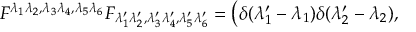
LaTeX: F ^ { \lambda _ { 1 } \lambda _ { 2 } , \lambda _ { 3 } \lambda _ { 4 } , \lambda _ { 5 } \lambda _ { 6 } } F _ { \lambda _ { 1 } ^ { \prime } \lambda _ { 2 } ^ { \prime } , \lambda _ { 3 } ^ { \prime } \lambda _ { 4 } ^ { \prime } , \lambda _ { 5 } ^ { \prime } \lambda _ { 6 } ^ { \prime } } = \left( \delta ( \lambda _ { 1 } ^ { \prime } - \lambda _ { 1 } ) \delta ( \lambda _ { 2 } ^ { \prime } - \lambda _ { 2 } ) , \right.